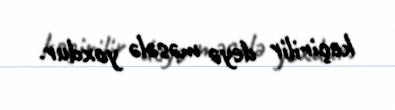
keçirilir deyə məsələ yoxdur.